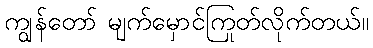
ကျွန်တော် မျက်မှောင်ကြုတ်လိုက်တယ်။